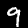
Digit: 9